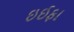
ઇઈફા